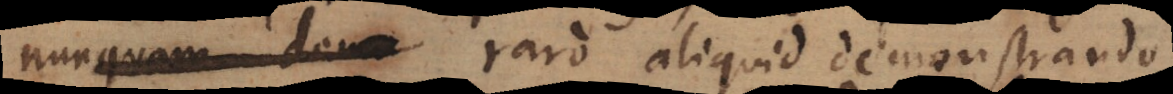
nunquam de_ raro aliquid demonstrando